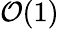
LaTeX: {\cal O}(1)